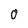
Character: 0